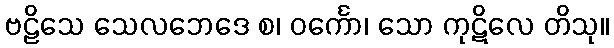
ဗဠိသေ သေလဘေဒေ စ၊ ဝင်္ကော၊ သော ကုဋိလေ တိသု။